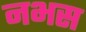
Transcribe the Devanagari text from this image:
नभस